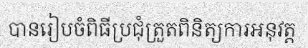
បានរៀបចំពិធីប្រជុំត្រួតពិនិត្យការអនុវត្ត